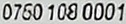
0750 108 0001